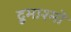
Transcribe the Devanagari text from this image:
द्रुमाश्मों